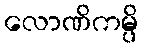
လောဏိကမ္ပိ